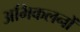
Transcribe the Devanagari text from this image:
अभिकलनों